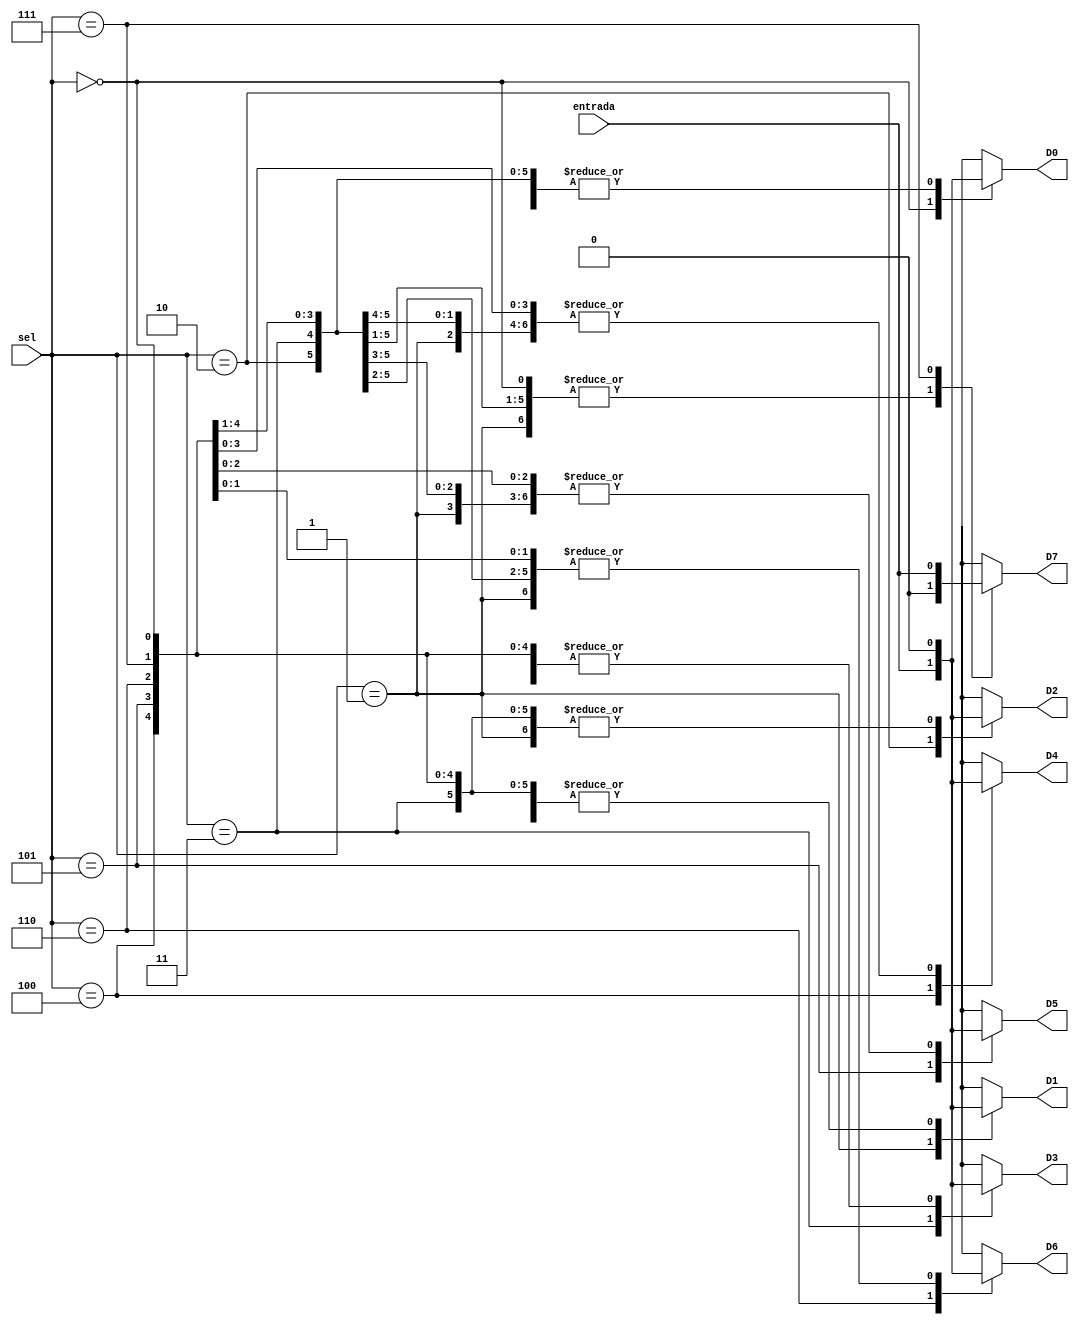

module DM2( entrada, sel, D0, D1, D2,D3, D4, D5, D6, D7 );

	input entrada;
	input [2:0] sel;
	output D0;
	output D1;
	output D2;
	output D3;
	output D4;
	output D5;
	output D6;
	output D7;
	
	reg D0;
	reg D1;
	reg D2;
	reg D3;  
	reg D4;
	reg D5;
	reg D6;
	reg D7;
	
	always @(entrada or sel)
	begin
		case (sel)
			3'b000 : 
				begin
					D0 = entrada;
					D1 = 0;
					D2 = 0;
					D3 = 0;
					D4 = 0;
					D5 = 0;
					D6 = 0;
					D7 = 0;
				end
			3'b001 : 
				begin
					D0 = 0;
					D1 = entrada;
					D2 = 0;
					D3 = 0;
					D4 = 0;
					D5 = 0;
					D6 = 0;
					D7 = 0;
				end
			3'b010 : 
				begin
					D0 = 0;
					D1 = 0;
					D2 = entrada;
					D3 = 0;
					D4 = 0;
					D5 = 0;
					D6 = 0;
					D7 = 0;
				end
			3'b011 : 
				begin
					D0 = 0;
					D1 = 0;
					D2 = 0;
					D3 = entrada;
					D4 = 0;
					D5 = 0;
					D6 = 0;
					D7 = 0;
				end
			3'b100 : 
				begin
					D0 = 0;
					D1 = 0;
					D2 = 0;
					D3 = 0;
					D4 = entrada;
					D5 = 0;
					D6 = 0;
					D7 = 0;
				end
			3'b101 : 
				begin
					D0 = 0;
					D1 = 0;
					D2 = 0;
					D3 = 0;
					D4 = 0;
					D5 = entrada;
					D6 = 0;
					D7 = 0;
				end
			3'b110 : 
				begin
					D0 = 0;
					D1 = 0;
					D2 = 0;
					D3 = 0;
					D4 = 0;
					D5 = 0;
					D6 = entrada;
					D7 = 0;
				end
			3'b111 : 
				begin
					D0 = 0;
					D1 = 0;
					D2 = 0;
					D3 = 0;
					D4 = 0;
					D5 = 0;
					D6 = 0;
					D7 = entrada;
				end
		endcase
	end

	 
endmodule